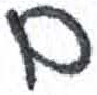
אות: ם